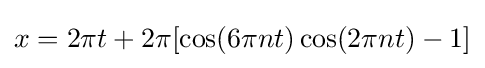
x=2\pi t+2\pi [\cos(6\pi nt)\cos(2\pi nt)-1]